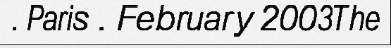
. Paris . February 2003The